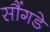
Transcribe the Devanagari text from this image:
सौंगडे